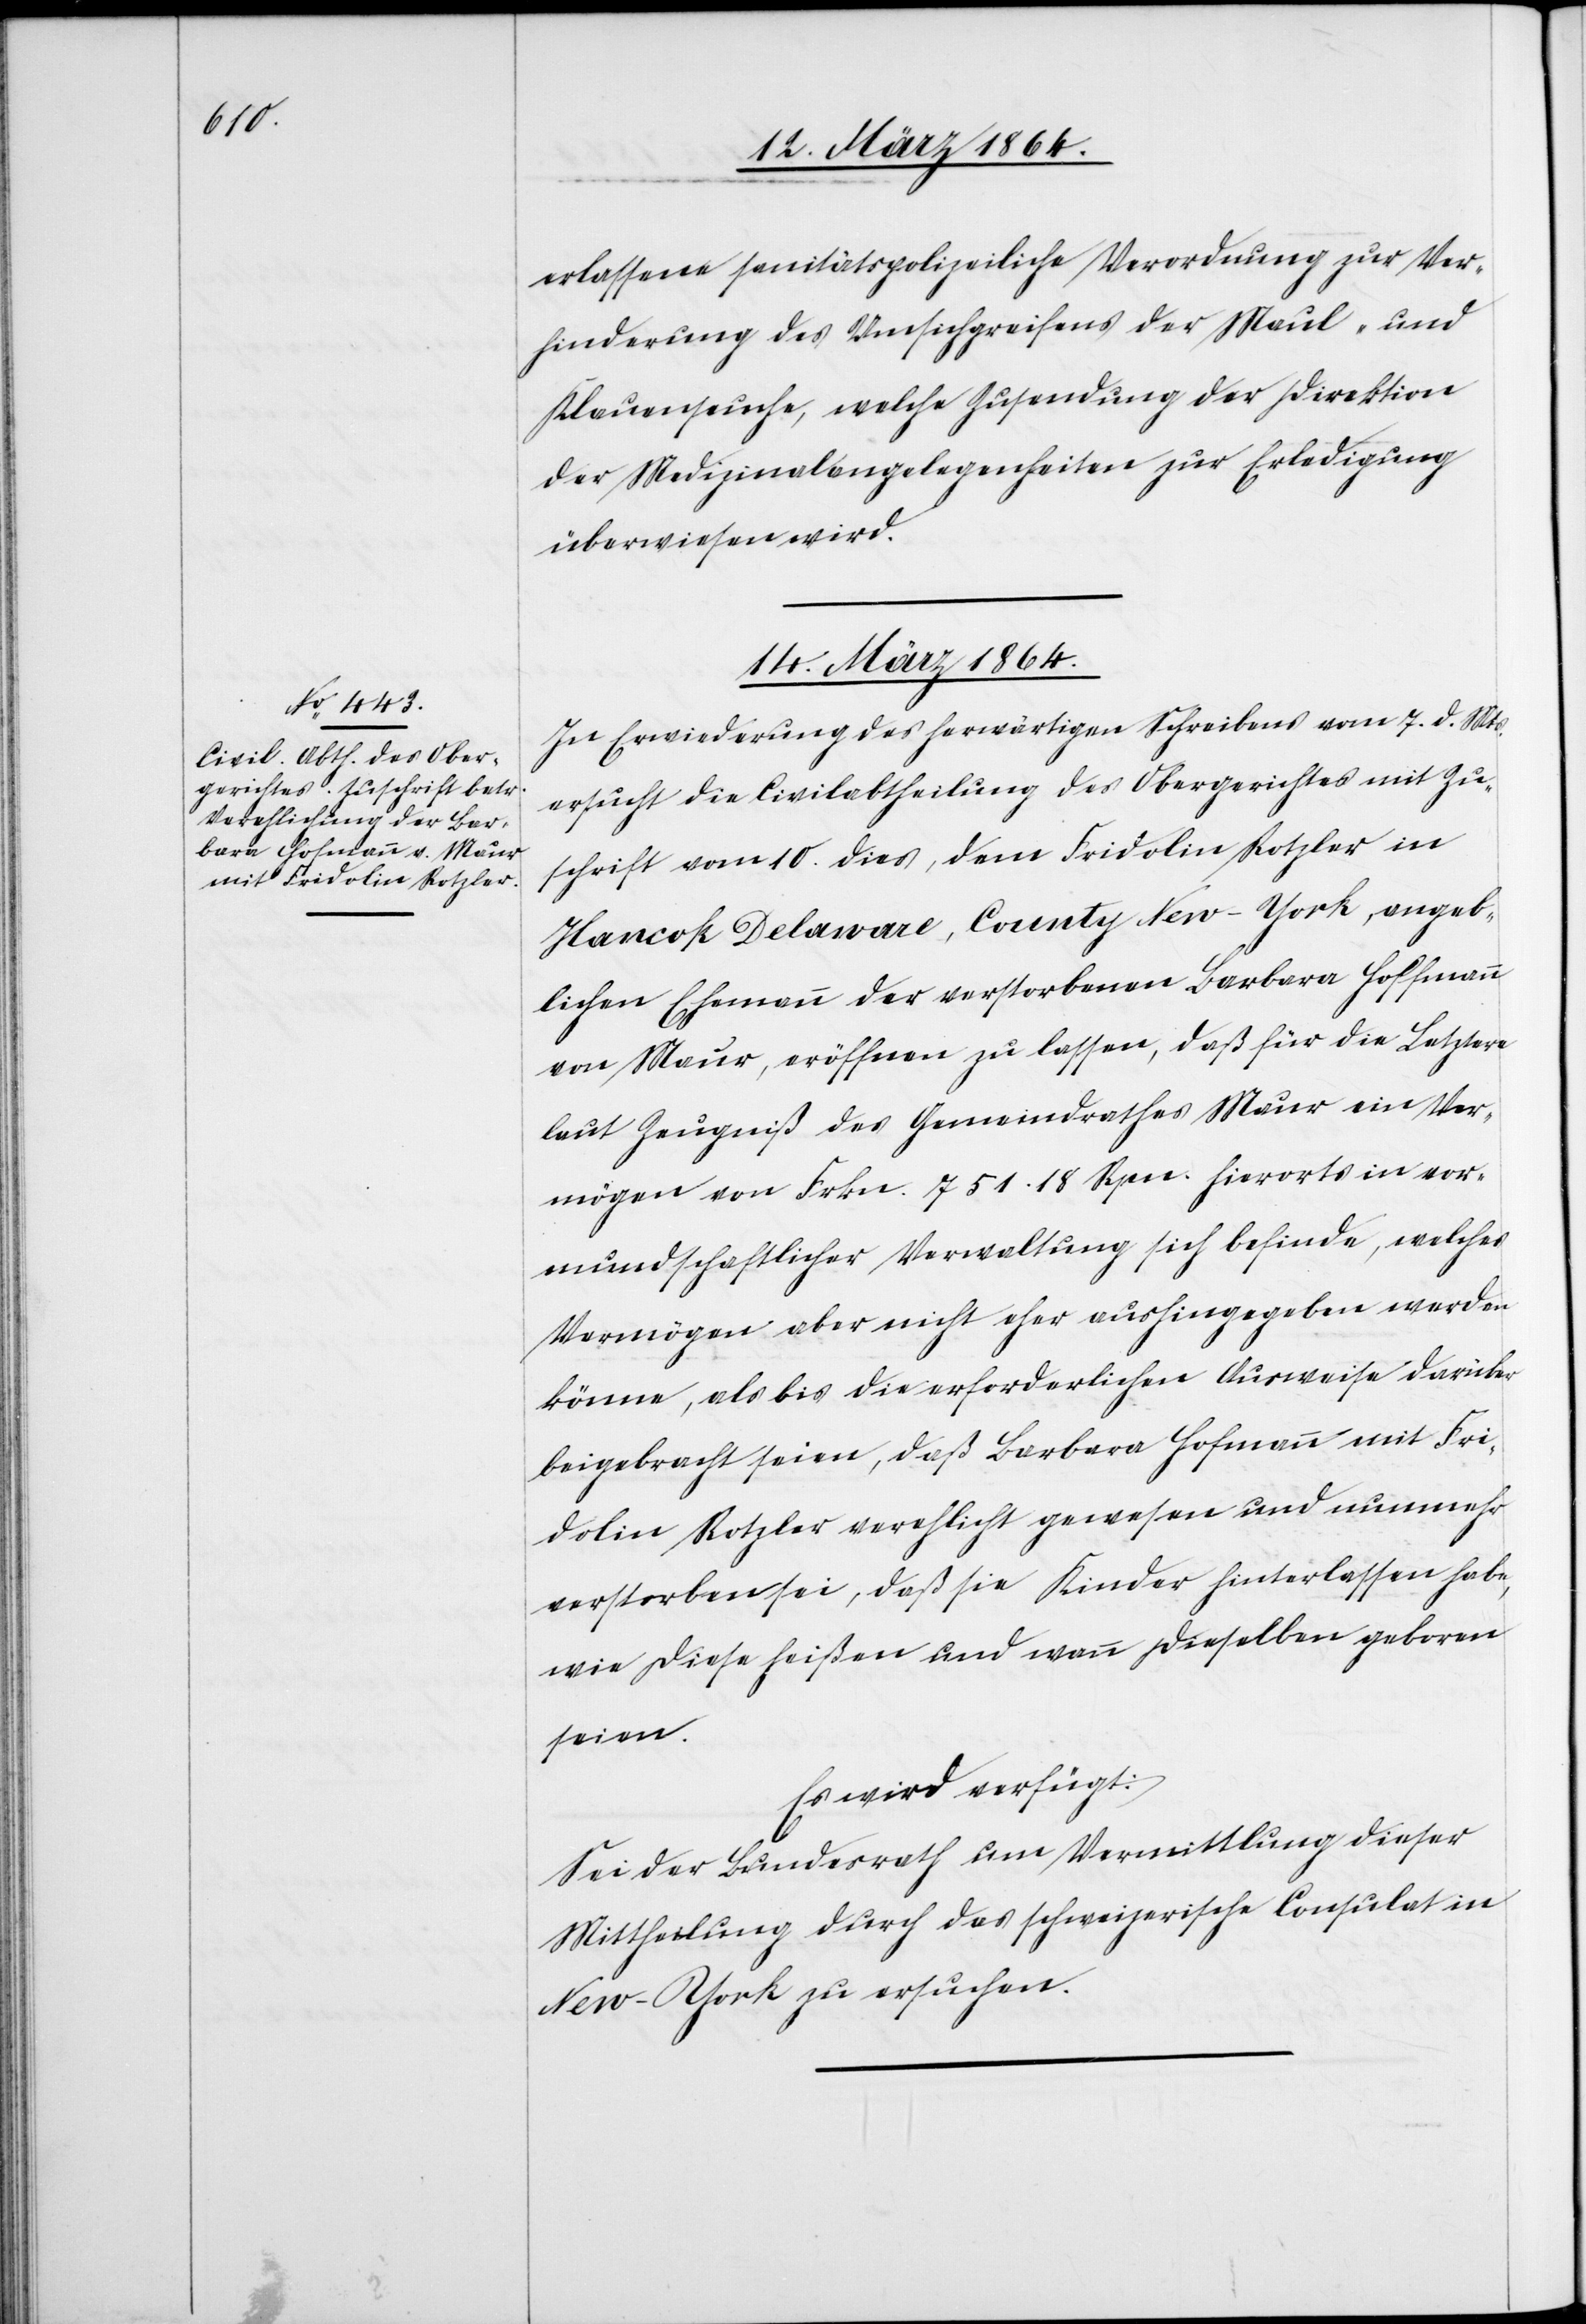
erlassene sanitätspolizeiliche Verordnung zur Ver¬
hinderung des Umsichgreifens der Maul- und
Klauenseuche, welche Zusendung der Direktion
der Medizinalangelegenheiten zur Erledigung
überwiesen wird.
14. März 1864.
In Erwiederung des herwärtigen Schreibens vom 7. d. Mts.
ersucht die Civilabtheilung des Obergerichtes mit Zu¬
schrift vom 10. dies, dem Fridolin Rotzler in
Hancok Delaware, County New-York, angeb¬
lichen Ehemann der verstorbenen Barbara Hoffmann
von Maur, eröffnen zu lassen, daß für die Letztere
laut Zeugniß des Gemeindrathes Maur ein Ver¬
mögen von Frkn. 751.18 Rpn. hierorts in vor¬
mundschaftlicher Verwaltung sich befinde, welches
Vermögen aber nicht eher aushingegeben werden
könne, als bis die erforderlichen Ausweise darüber
beigebracht seien, daß Barbara Hofmann mit Fri¬
dolin Rotzler verehlicht gewesen und nunmehr
verstorben sei, daß sie Kinder hinterlassen habe,
wie diese heißen und wann dieselben geboren
seien.
Es wird verfügt:
Sei der Bundesrath um Vermittlung dieser
Mittheilung durch das schweizerische Consulat in
New-York zu ersuchen.